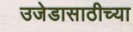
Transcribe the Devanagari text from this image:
उजेडासाठीच्या